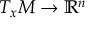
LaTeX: T _ { x } M \rightarrow \mathbb { R } ^ { n }